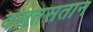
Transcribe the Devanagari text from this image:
बलतसतान